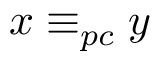
x \equiv _ { p c } y